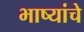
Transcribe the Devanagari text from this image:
भाष्यांचे